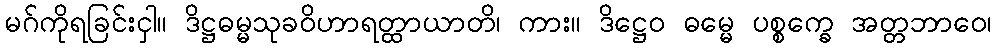
မဂ်ကိုရခြင်းငှါ။ ဒိဋ္ဌဓမ္မသုခဝိဟာရတ္ထာယာတိ၊ ကား။ ဒိဋ္ဌေဝ ဓမ္မေ ပစ္စက္ခေ အတ္တဘာဝေ၊